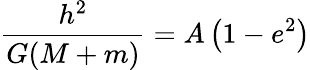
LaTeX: {\frac{h^{2}}{G(M+m)}}=A\left(1-e^{2}\right)